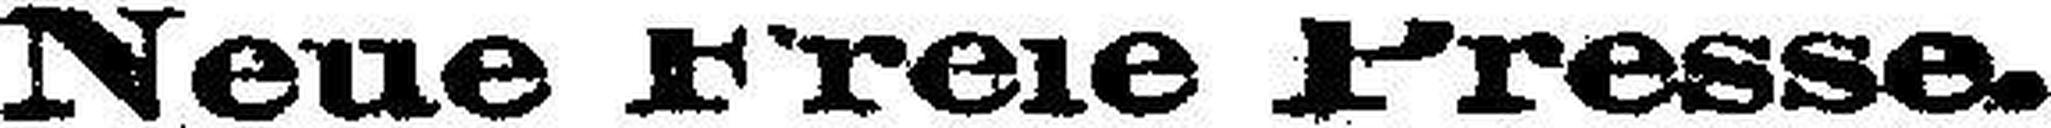
Neue Freie Presse.